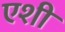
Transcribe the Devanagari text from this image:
एशी